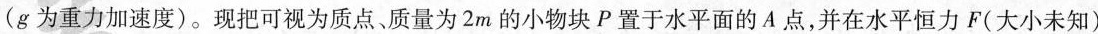
(g为重力加速度)。现把可视为质点、质量为2m的小物块P置于水平面的A点，并在水平恒力F(大小未知)